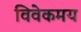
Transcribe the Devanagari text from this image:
विवेकमय